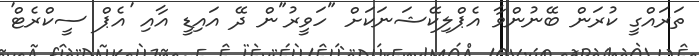
ތަރައްގީ ކުރަން ބޭނުންވާ އެޕްލިކޭޝަނަކަށް "ހަވީރު"ން ދޭ އައިޑީ އާއި 'އެޕް ސީކްރެޓް'